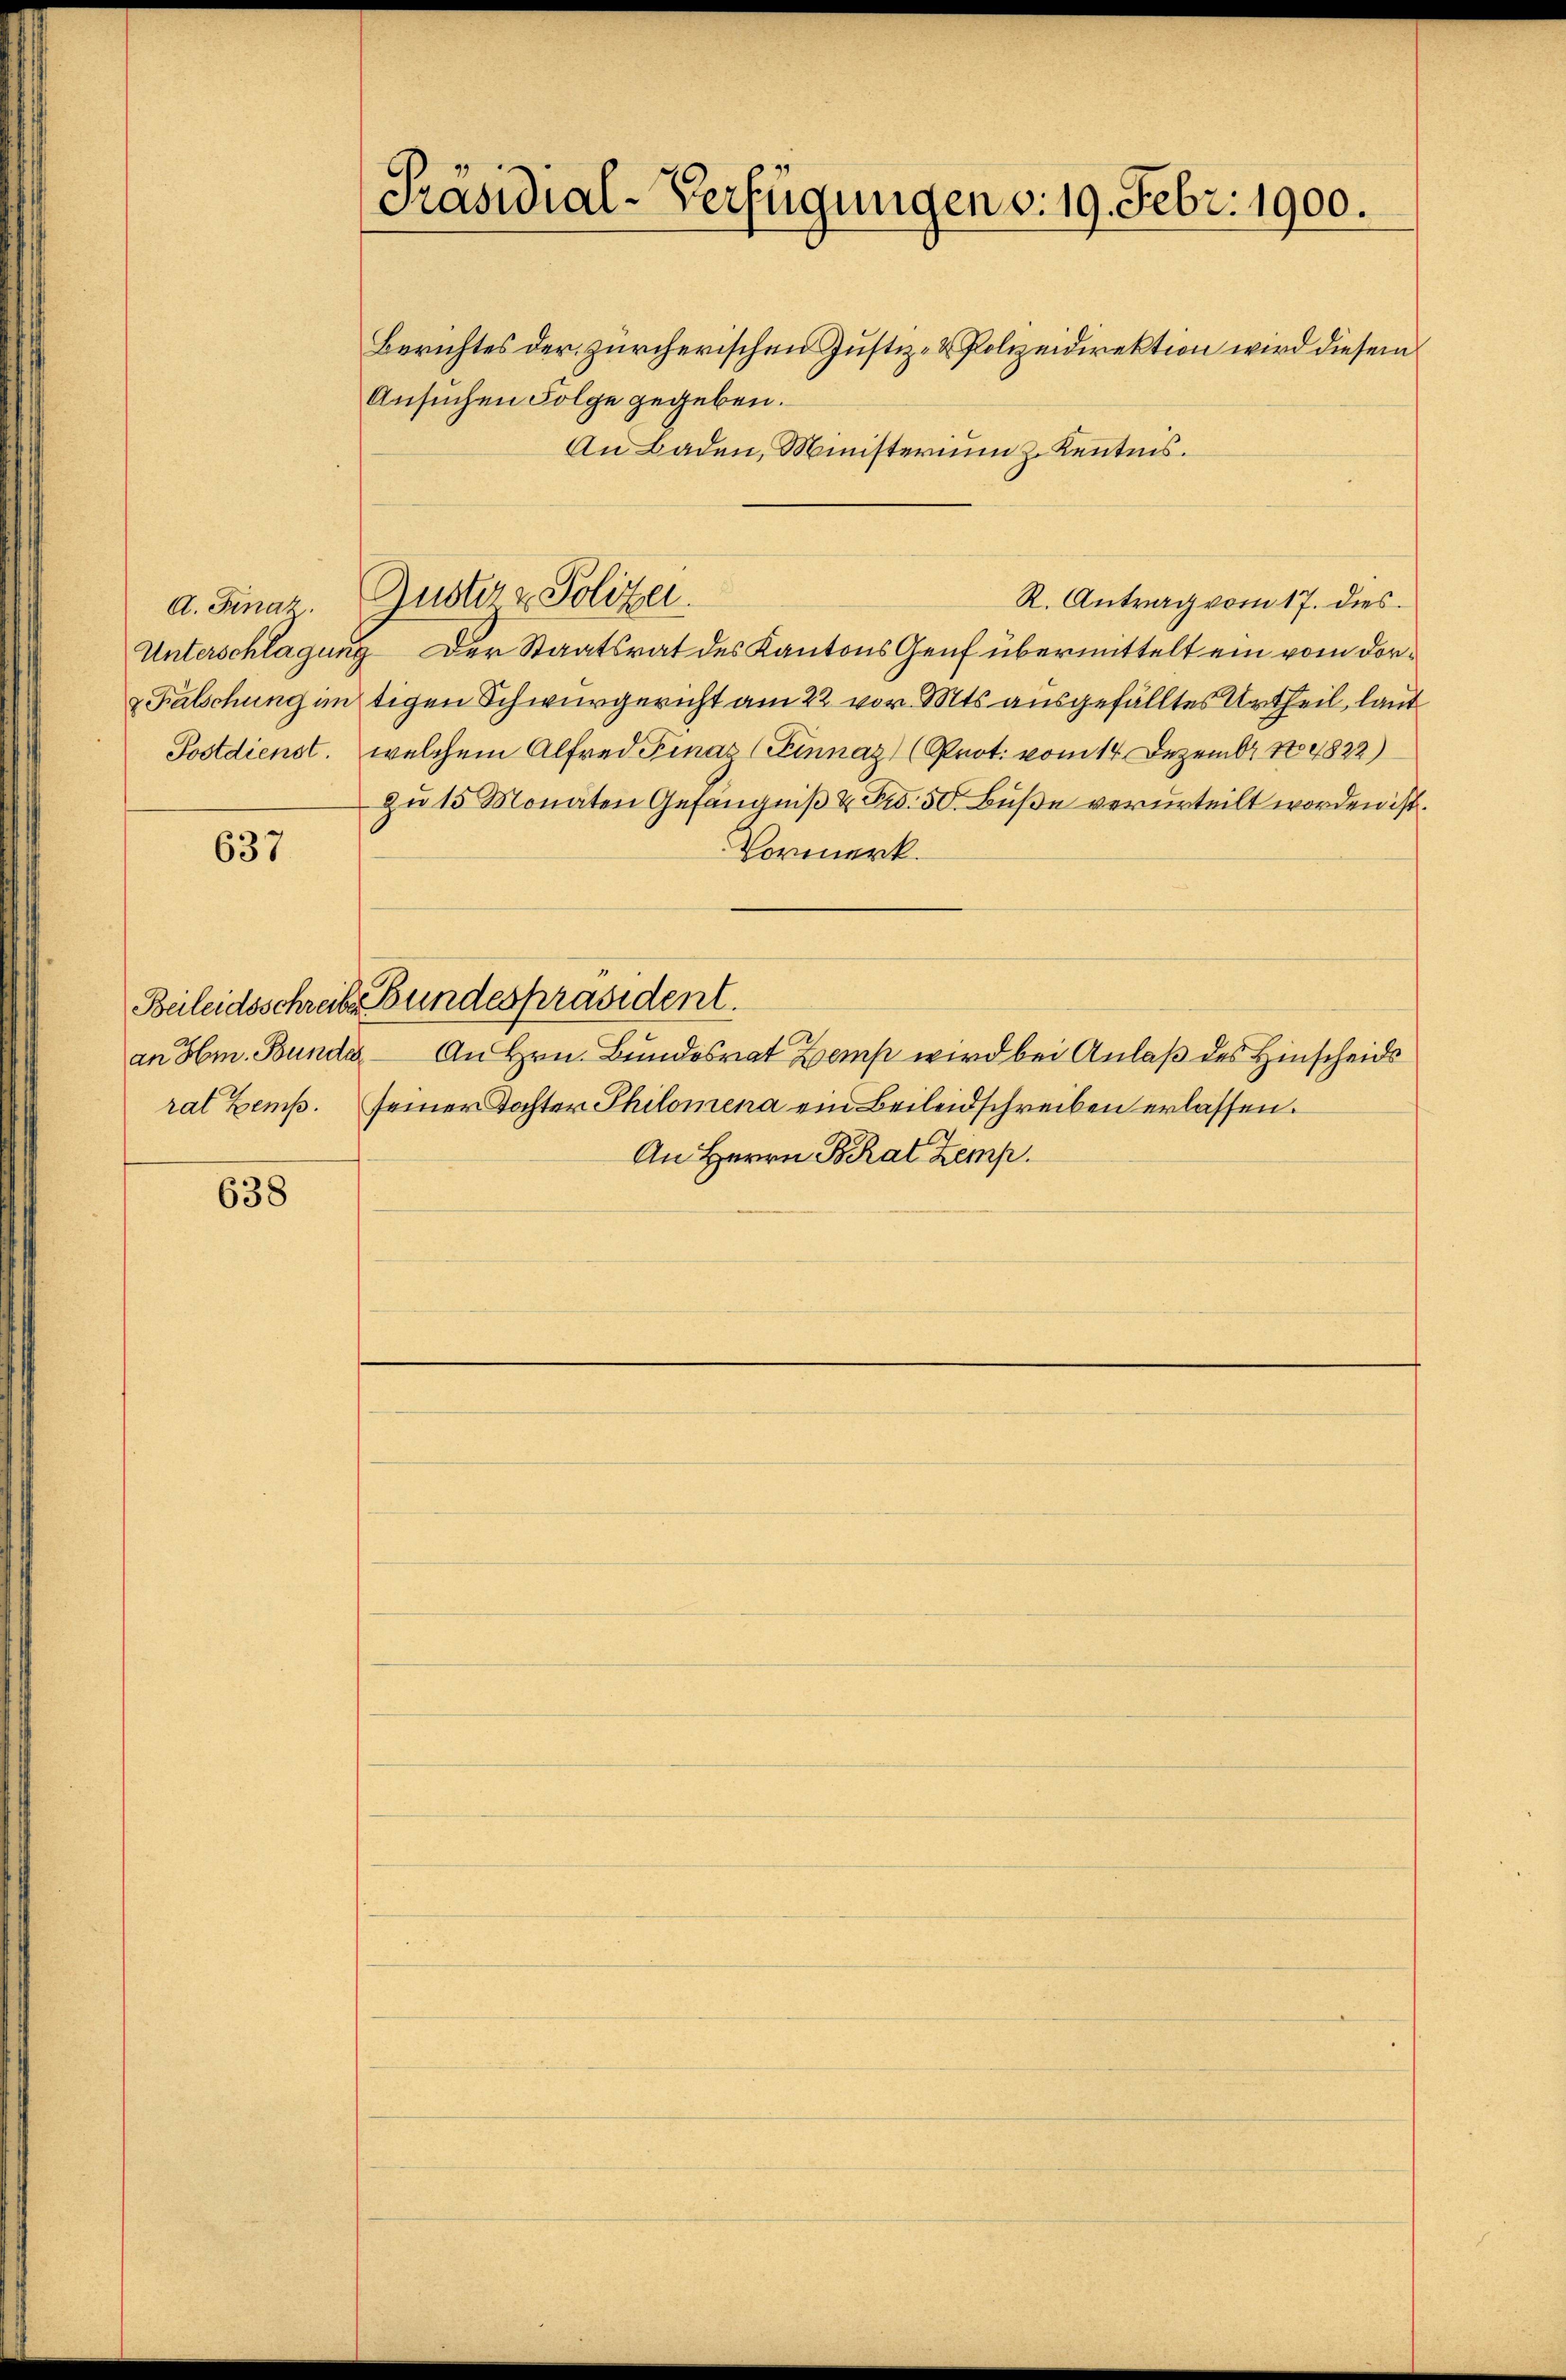
A. Finaz.
Unterschlagung
& Kalschung im
Postdienst.

637

an Hr. Bundes

638

Präsidial-Verfügungen v. 19. Febr. 1900.
Berichtes der zürcherischen Justiz- & Polizeidirektion wird diesem
Ansuchen Folge gegeben.
An Baden, Ministerium z. Kenntnis.

Zuster z. Polizei.

R. Antrag vom 17. dies
9. Der Staatsrat des Kantons Genf übermittelt ein vom dortigen Schwurgericht am 22. vor. Mts. ausgefälltes Urtheil, laut
welchem Alfred Finaz (Einnaz) (Prot. vom 14. Dezember 184822)
zu 15 Monaten Gefängniß & Fr. 50. Buße verurteilt worden ist
Vormerk.
Beileidsschreiber Bundespräsident.
An Hrn. Bundesrat Zemp wird bei Anlaß des Hinscheids
rat Zemp. seiner Tochter Philomena ein Beileidschreiben erlassen.
An Herrn Brat Zemp.